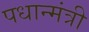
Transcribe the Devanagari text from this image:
पधान्मंत्री